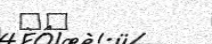
٦٣